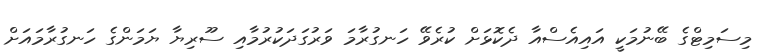
މިސަމިޓްގެ ބޭނުމަކީ އައިއެސްއާ ދެކޮޅަށް ކުރެވޭ ހަނގުރާމަ ވަރުގަދަކުރުމާއި ސޫރިޔާ ޔަމަންގެ ހަނގުރާމައަށް